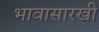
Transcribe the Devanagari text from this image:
भावासारखी